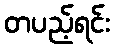
တပည့်ရင်း